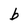
Character: b